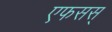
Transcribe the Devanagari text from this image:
एफसस्